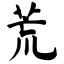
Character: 荒